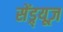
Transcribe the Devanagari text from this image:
सेंड्र्यूज़